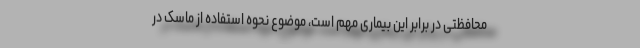
محافظتی در برابر این بیماری مهم است، موضوع نحوه استفاده از ماسک در